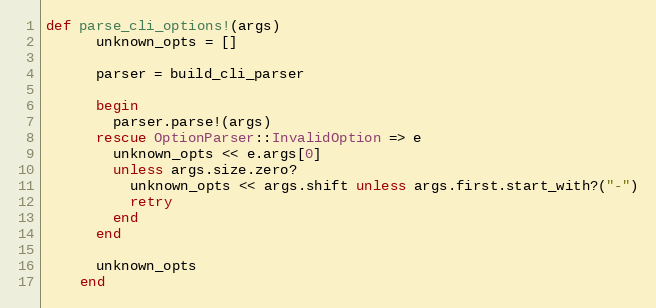
Language: Ruby
def parse_cli_options!(args)
      unknown_opts = []

      parser = build_cli_parser

      begin
        parser.parse!(args)
      rescue OptionParser::InvalidOption => e
        unknown_opts << e.args[0]
        unless args.size.zero?
          unknown_opts << args.shift unless args.first.start_with?("-")
          retry
        end
      end

      unknown_opts
    end